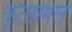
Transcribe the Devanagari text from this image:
कूत्समिल